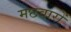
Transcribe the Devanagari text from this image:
मछवारों